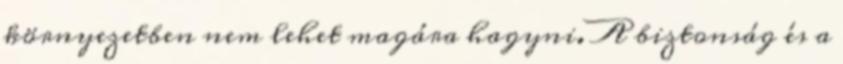
környezetben nem lehet magára hagyni. A biztonság és a